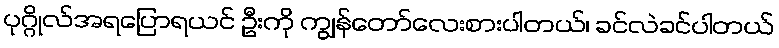
ပုဂ္ဂိုလ်အရပြောရယင် ဦးကို ကျွန်တော်လေးစားပါတယ်၊ ခင်လဲခင်ပါတယ်